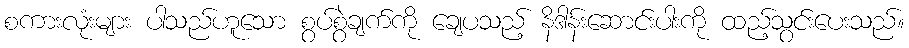
စကားလုံးများ ပါသည်ဟူသော စွပ်စွဲချက်ကို ချေပသည့် နိဒါန်းဆောင်းပါးကို ထည့်သွင်းပေးသည်။